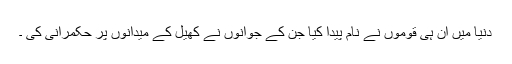
دنیا میں ان ہی قوموں نے نام پیدا کیا جن کے جوانوں نے کھیل کے میدانوں پر حکمرانی کی ۔